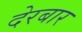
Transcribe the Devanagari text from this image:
देरबार